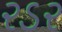
રડર